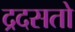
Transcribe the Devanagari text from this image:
द्रदसतो